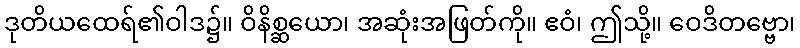
ဒုတိယထေရ်၏ဝါဒ၌။ ဝိနိစ္ဆယော၊ အဆုံးအဖြတ်ကို။ ဧဝံ၊ ဤသို့။ ဝေဒိတဗ္ဗော၊